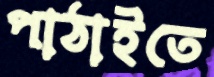
পাঠাইতে